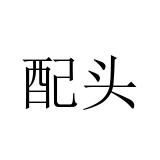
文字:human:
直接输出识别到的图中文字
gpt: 配头